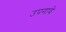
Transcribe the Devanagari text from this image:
उपगावे